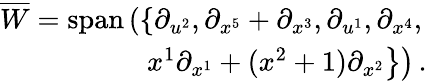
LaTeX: \begin{array}{r}{\overline{{W}}=\mathrm{span}\left(\left\{ \partial_{u^{2}},\partial_{x^{5}}+\partial_{x^{3}},\partial_{u^{1}},\partial_{x^{4}},\right.\right.}\\ {\quad\left.\left.x^{1}\partial_{x^{1}}+(x^{2}+1)\partial_{x^{2}}\right\} \right)\, .}\end{array}